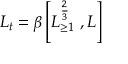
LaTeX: L _ { t } = \beta \left[ L _ { \geq 1 } ^ { \frac { 2 } { 3 } } \; , L \right]